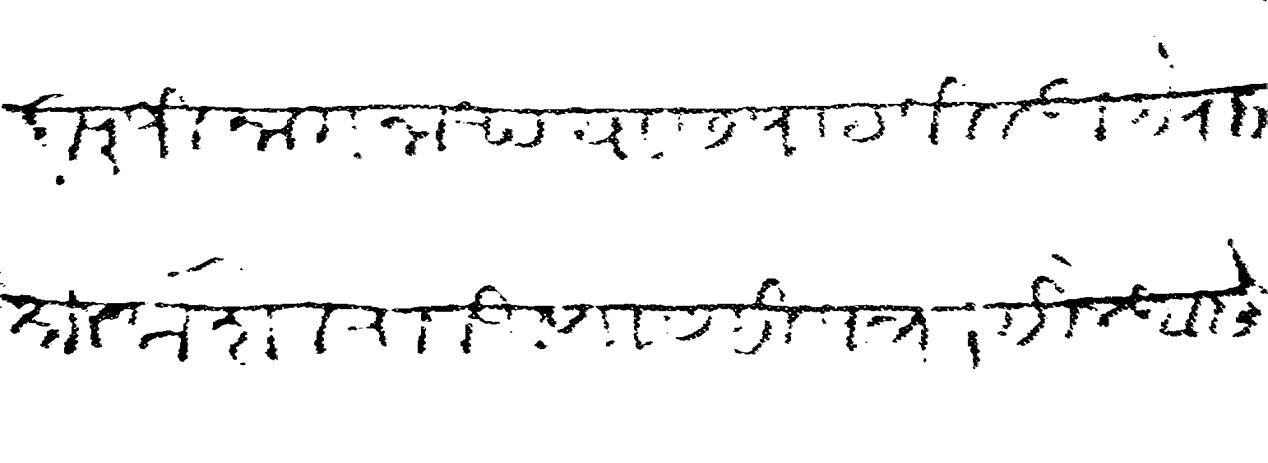
Transliteration (Devanagari): बापुजी नागनाथ यास पाठविले आहे राजश्री केशवराव आणासही पत्र लिहिले आहे